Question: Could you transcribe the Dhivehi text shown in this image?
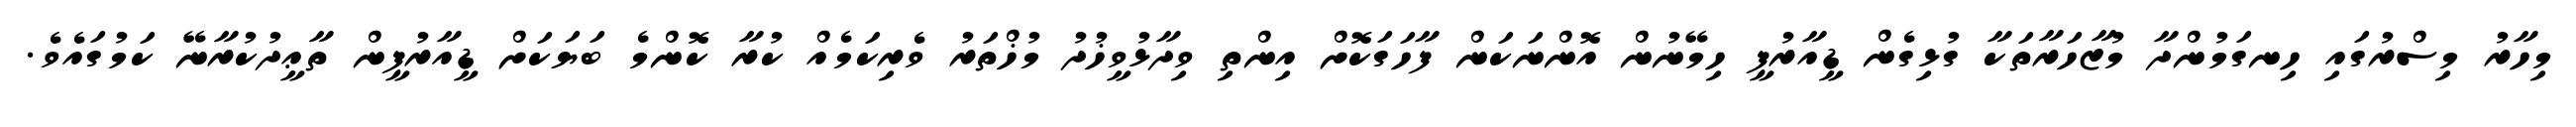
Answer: މިހާރު މިސްރުގައި ހިނގަމުންދާ މުޒާހަރާތަކާ ގުޅިގެން ޑީއާރުޕީ ހިމޭނުން އޮންނަކަން ފާހަގަކޮށް އިންތި ވިދާޅުވީޚުދު މުޚްތަރު ވެރިކަމެއް ކުރާ ކޮންމެ ބަޔަކަށް ޑީއާރުޕީން ތާޢީދުކުރާނޭ ކަމުގައެވެ.